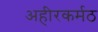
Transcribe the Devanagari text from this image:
अहीरकर्मठ